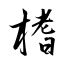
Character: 榰